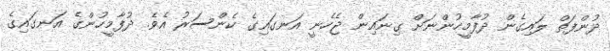
ދުންފަތް ލައިގެން ދުފާމީހުންނަށް ގިނައިން ޖެހެނީ އަނގައިގެ ކެންސަރު އެވެ. ދުފާމީހުންގެ އަނގައިގެ